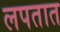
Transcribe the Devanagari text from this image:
लपतात